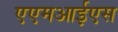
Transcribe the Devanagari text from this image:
एएमआईएस